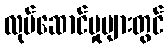
လုပ်ဆောင်မှုများတွင်